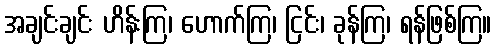
အချင်းချင်း ဟိန်းကြ၊ ဟောက်ကြ၊ ငြင်း၊ ခုန်ကြ၊ ရန်ဖြစ်ကြ။